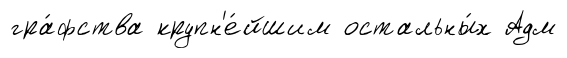
гра́фства крупн'е́йшим остальны́х Адм